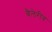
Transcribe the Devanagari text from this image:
बैलेरीव